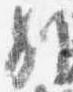
別